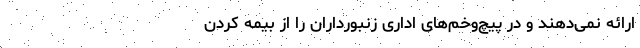
ارائه نمی‌دهند و در پیچ‌وخم‌های اداری زنبورداران را از بیمه کردن